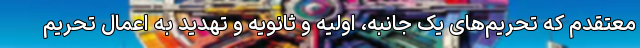
معتقدم که تحریم‌های یک جانبه، اولیه و ثانویه و تهدید به اعمال تحریم